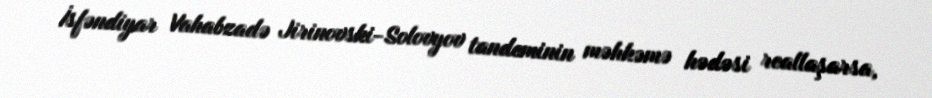
İsfəndiyar Vahabzadə Jirinovski-Solovyov tandeminin məhkəmə hədəsi reallaşarsa,